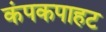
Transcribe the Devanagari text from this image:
कंपकपाहट